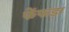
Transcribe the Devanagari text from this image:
फेंफड़ा